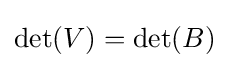
\det(V)=\det(B)